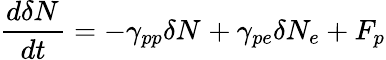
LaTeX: \frac{d\delta N_{}}{dt}=-\gamma_{pp}\delta N_{}+\gamma_{pe}\delta N_{e}+F_{p}